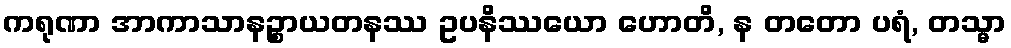
ကရုဏာ အာကာသာနဉ္စာယတနဿ ဥပနိဿယော ဟောတိ, န တတော ပရံ, တသ္မာ